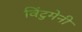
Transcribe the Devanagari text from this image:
विंटुमेनी